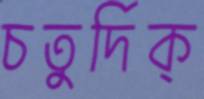
চতুর্দিক্‌